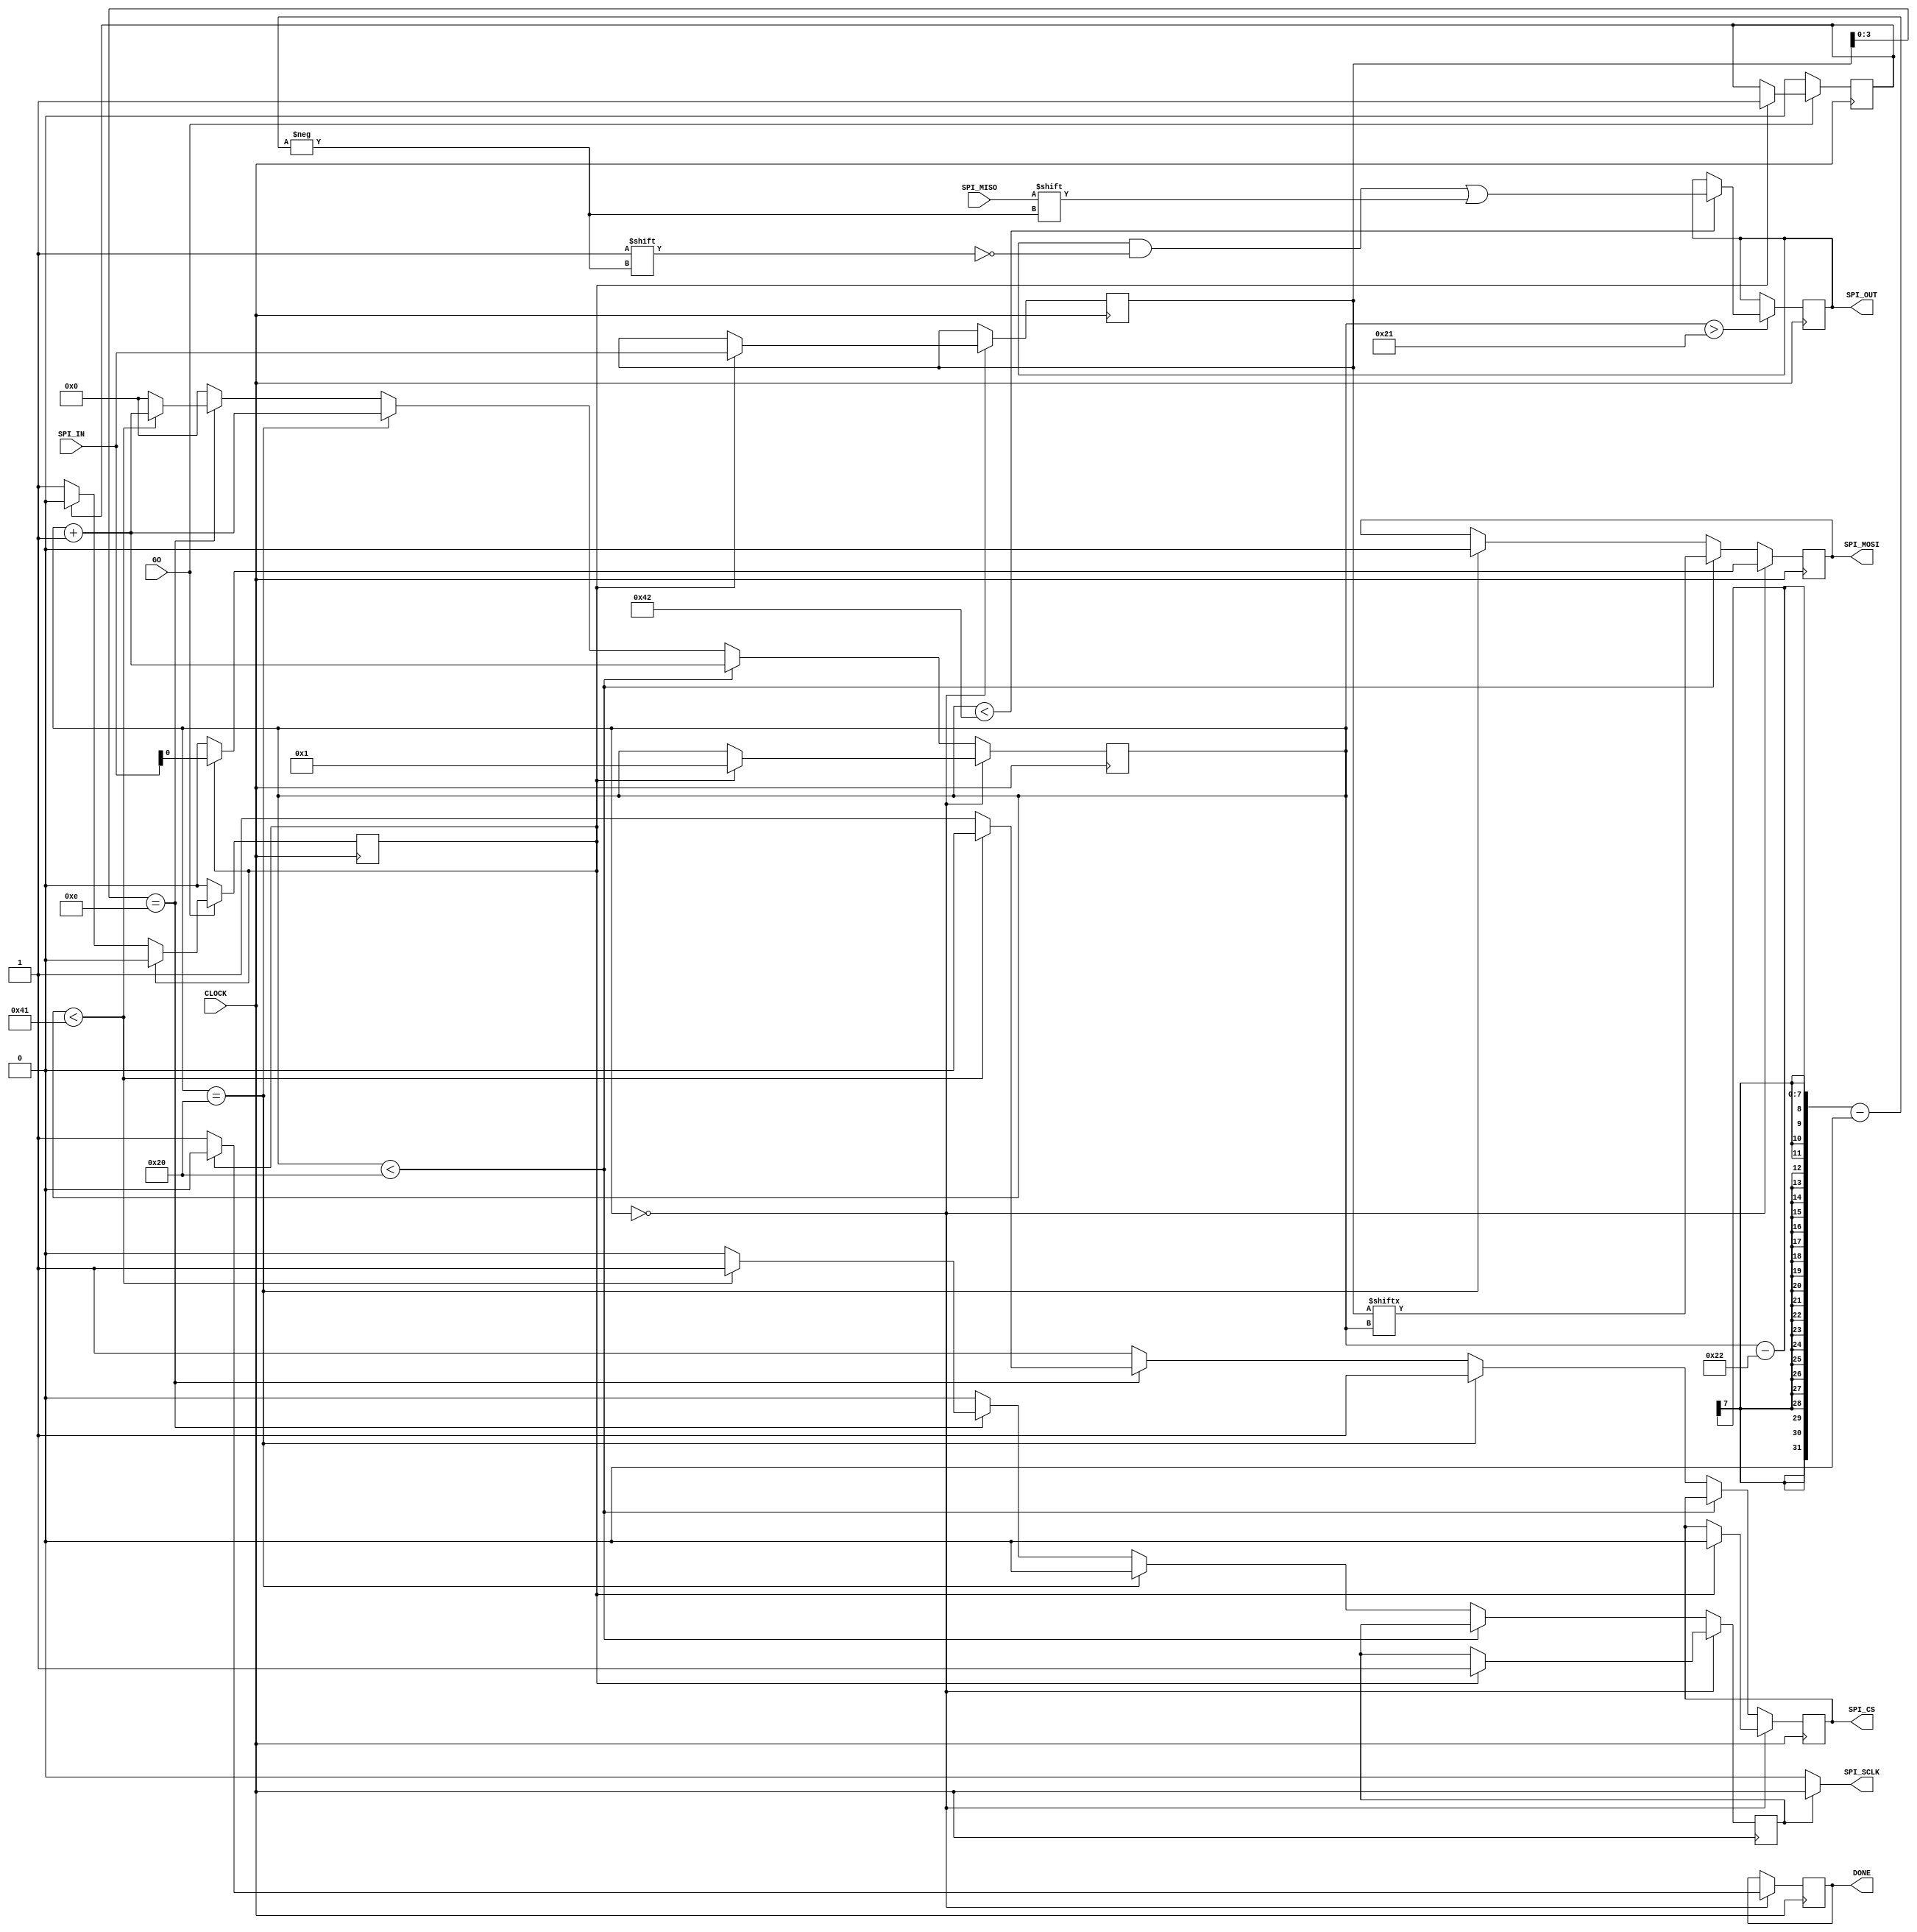
`timescale 1ns / 1ps
//////////////////////////////////////////////////////////////////////////////////
// Company: 
// Engineer: 
// 
// Design Name: 
// Module Name:    SPI_MODULE 
// Project Name: 
// Target Devices: 
// Tool versions: 
// Description: 
//
// Dependencies: 
//
// Revision: 
// Revision 0.01 - File Created
// Additional Comments: 
//
//////////////////////////////////////////////////////////////////////////////////
module SPI_MODULE(
    input CLOCK,
    input SPI_MISO,
    output reg SPI_MOSI,
    output reg SPI_CS,
    output SPI_SCLK,
    input [31:0] SPI_IN,
    output reg [31:0] SPI_OUT,
    input GO,
    output reg DONE
    );

initial SPI_MOSI = 0;
initial SPI_CS = 1;
initial DONE = 1;

reg [31:0] SPI_IN_INT;
initial SPI_OUT = 0;

reg clockEn;
initial clockEn = 0;

assign SPI_SCLK = clockEn == 0 ? 0 : CLOCK;

reg [6:0] state;
initial state = 0;

reg goInt;
initial goInt = 0;
reg goDone;
initial goDone = 0;

always @(posedge CLOCK) begin
	if(GO == 1) begin
		if(goInt == 1) begin
			goDone <= 1;
			goInt <= 0;
		end
		else if(goDone == 0) begin
			goInt <= 1;
		end
	end
	else begin
			goDone <= 0;
			goInt <= 0;		
	end
end

always @(negedge CLOCK) begin
	if(state == 0) begin
		DONE = 1;
		SPI_MOSI = 0;
		if(goInt == 1) begin
			clockEn = 1;
			SPI_IN_INT = SPI_IN;
			SPI_CS = 0;
			SPI_MOSI = SPI_IN_INT[0];
			DONE = 0;
			state = 1;
		end
	end
	else if(state < 32) begin
		SPI_MOSI = SPI_IN_INT[state];
		state = state +1;
	end
	else if(state == 32) begin
		clockEn = 0;
		SPI_CS = 1;
		SPI_MOSI = 0;
		state = state +1;
	end
	else if(SPI_IN_INT[3:0] == 'b1110) begin
		if(state < 65) begin
			clockEn = 1;
			SPI_CS = 0;
			state = state +1;
		end
		else begin
			clockEn = 0;
			SPI_CS = 1;
			state = 0;
		end
	end
	else begin
		clockEn = 0;
		SPI_CS = 1;
		state = 0;
	end
end

always @(posedge CLOCK) begin
	if(state >33) begin
		if(state < 66) begin
			SPI_OUT[state - 34] = SPI_MISO;
		end
	end
end

endmodule